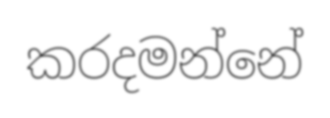
කරදමන්නේ